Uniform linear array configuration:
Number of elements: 32
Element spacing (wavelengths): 1
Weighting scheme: cosine
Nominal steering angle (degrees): -60
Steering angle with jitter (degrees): -61.574
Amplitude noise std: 0.05
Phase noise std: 0.05

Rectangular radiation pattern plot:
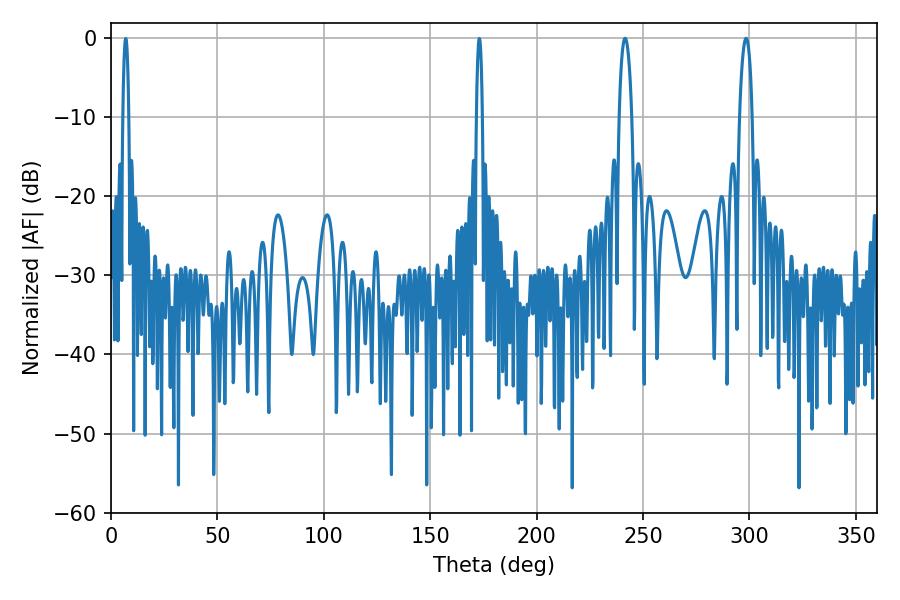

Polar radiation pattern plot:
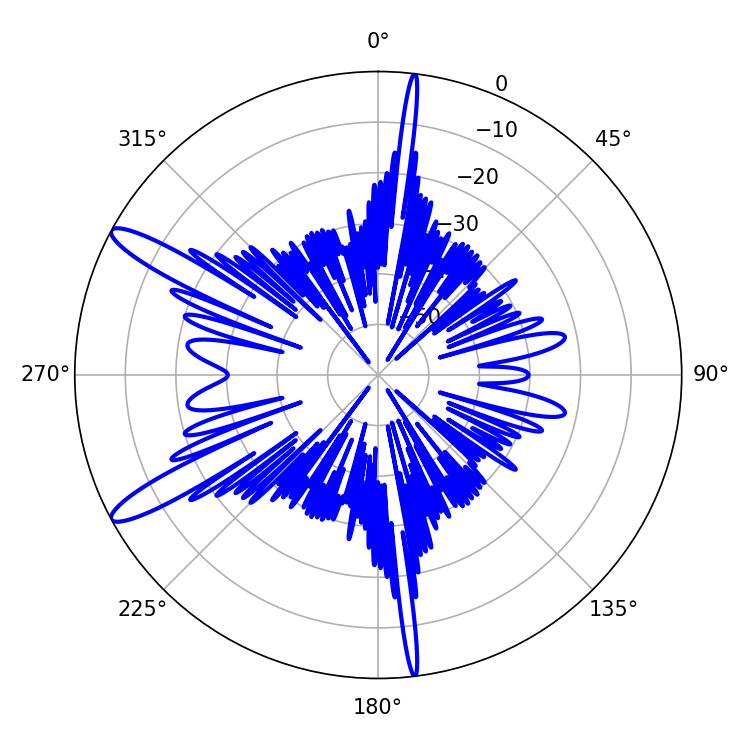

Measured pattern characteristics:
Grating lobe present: TRUE
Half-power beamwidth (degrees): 3.42
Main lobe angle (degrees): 241.56